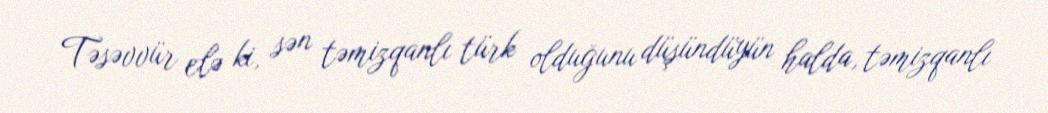
Təsəvvür elə ki, sən təmizqanlı türk olduğunu düşündüyün halda, təmizqanlı